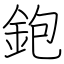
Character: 鉋